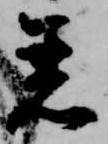
着